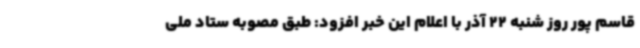
قاسم پور روز شنبه 22 آذر با اعلام این خبر افزود: طبق مصوبه ستاد ملی